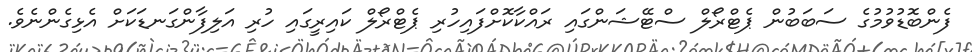
ފެންބޮޑުވުމުގެ ސަބަބުން ޕެޓްރޯލް ސްޓޭޝަންގައި ރައްކާކޮށްފައިހުރި ޕެޓްރޯލް ކައިރީގައި ހުރި އަލިފާންގަނޑަކަށް އެޅިގެންނެވެ.